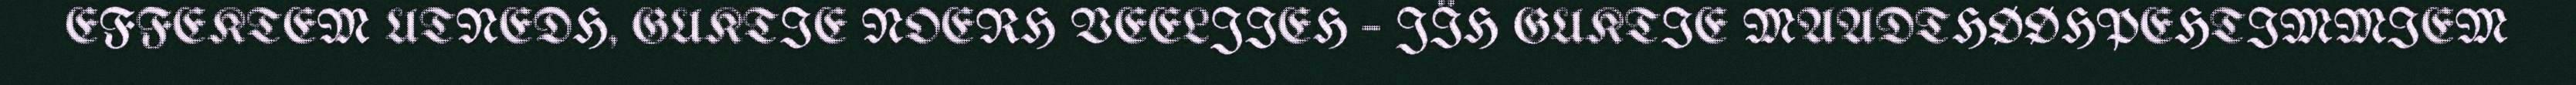
EFFEKTEM UTNEDH, GUKTIE NOERH VEELJIEH – JÏH GUKTIE MAADTHØØHPEHTIMMIEM